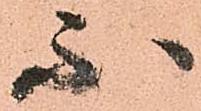
不